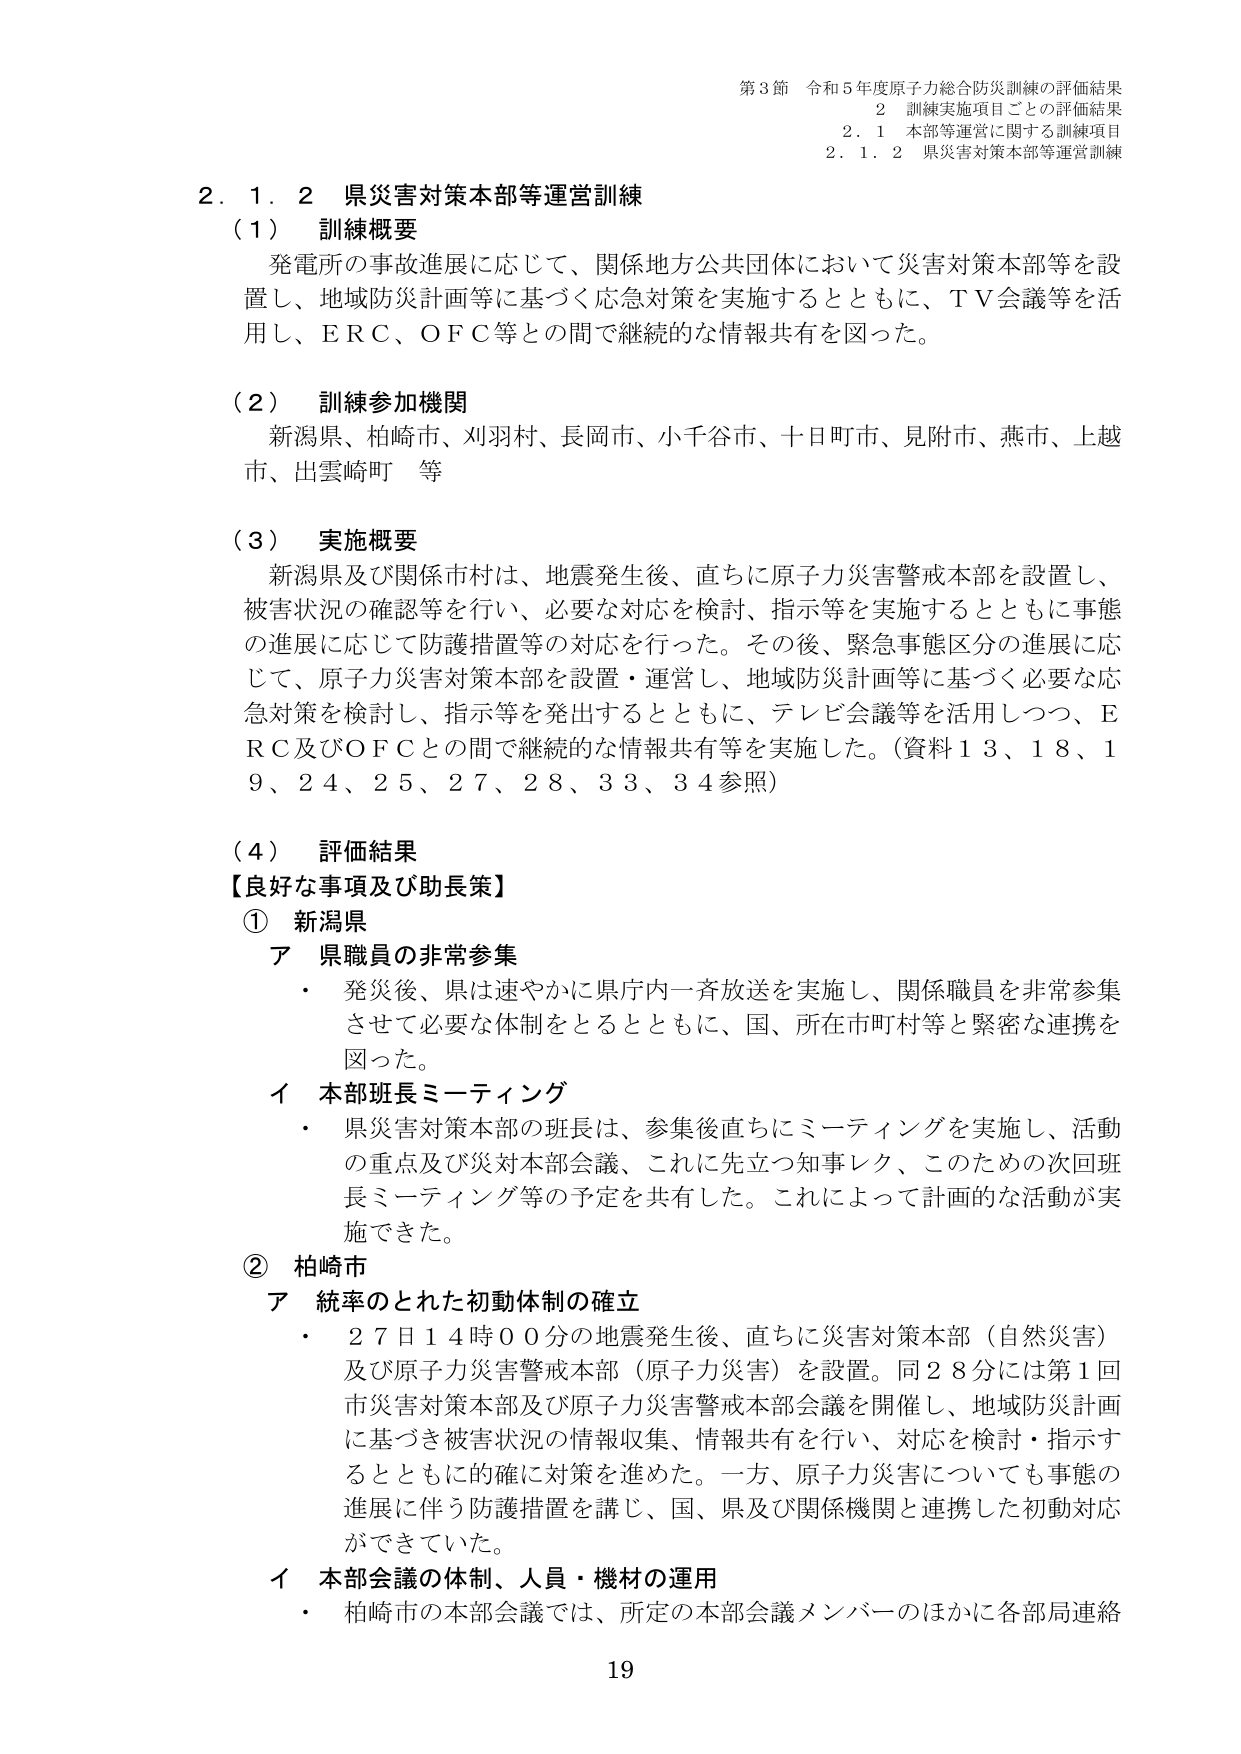
第3節 令和5年度原子力総合防災訓練の評価結果
2 訓練実施項目ごとの評価結果
2.1 本部等運営に関する訓練項目
2.1.2 県災害対策本部等運営訓練

2.1.2 県災害対策本部等運営訓練
（1） 訓練概要
発電所の事故進展に応じて、関係地方公共団体において災害対策本部等を設置し、地域防災計画等に基づく応急対策を実施するとともに、ＴＶ会議等を活用し、ＥＲＣ、ＯＦＣ等との間で継続的な情報共有を図った。

（2） 訓練参加機関
新潟県、柏崎市、刈羽村、長岡市、小千谷市、十日町市、見附市、燕市、上越市、出雲崎町 等

（3） 実施概要
新潟県及び関係市村は、地震発生後、直ちに原子力災害警戒本部を設置し、被害状況の確認等を行い、必要な対応を検討、指示等を実施するとともに事態の進展に応じて防護措置等の対応を行った。その後、緊急事態区分の進展に応じて、原子力災害対策本部を設置・運営し、地域防災計画等に基づく必要な応急対策を検討し、指示等を発出するとともに、テレビ会議等を活用しつつ、ＥＲＣ及びＯＦＣとの間で継続的な情報共有等を実施した。（資料13、18、19、24、25、27、28、33、34参照）

（4） 評価結果
【良好な事項及び助長策】
① 新潟県
ア 県職員の非常参集
・ 発災後、県は速やかに県庁内一斉放送を実施し、関係職員を非常参集させて必要な体制をとるとともに、国、所在市町村等と緊密な連携を図った。
イ 本部班長ミーティング
・ 県災害対策本部の班長は、参集後直ちにミーティングを実施し、活動の重点及び災対本部会議、これに先立つ知事レク、このための次回班長ミーティング等の予定を共有した。これによって計画的な活動が実施できた。

② 柏崎市
ア 統率のとれた初動体制の確立
・ 27日14時00分の地震発生後、直ちに災害対策本部（自然災害）及び原子力災害警戒本部（原子力災害）を設置。同28分には第1回市災害対策本部及び原子力災害警戒本部会議を開催し、地域防災計画に基づき被害状況の情報収集、情報共有を行い、対応を検討・指示するとともに的確に対策を進めた。一方、原子力災害についても事態の進展に伴う防護措置を講じ、国、県及び関係機関と連携した初動対応ができていた。
イ 本部会議の体制、人員・機材の運用
・ 柏崎市の本部会議では、所定の本部会議メンバーのほかに各部局連絡

19